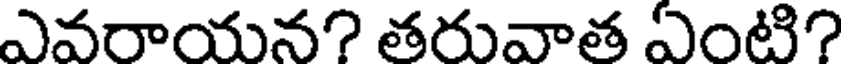
ఎవరాయన? తరువాత ఏంటి?